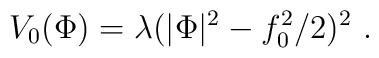
V_0(\Phi)=\lambda(|\Phi|^2-f_0^2/2)^2 \ .